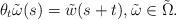
LaTeX: \begin{align*}\theta_t\tilde{\omega}(s)=\tilde{w}(s+t), \tilde{\omega}\in \tilde{\Omega}.\end{align*}